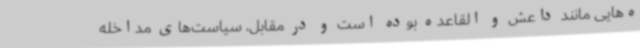
ه‌هایی مانند داعش و القاعده بوده است و در مقابل، سیاست‌های مداخله